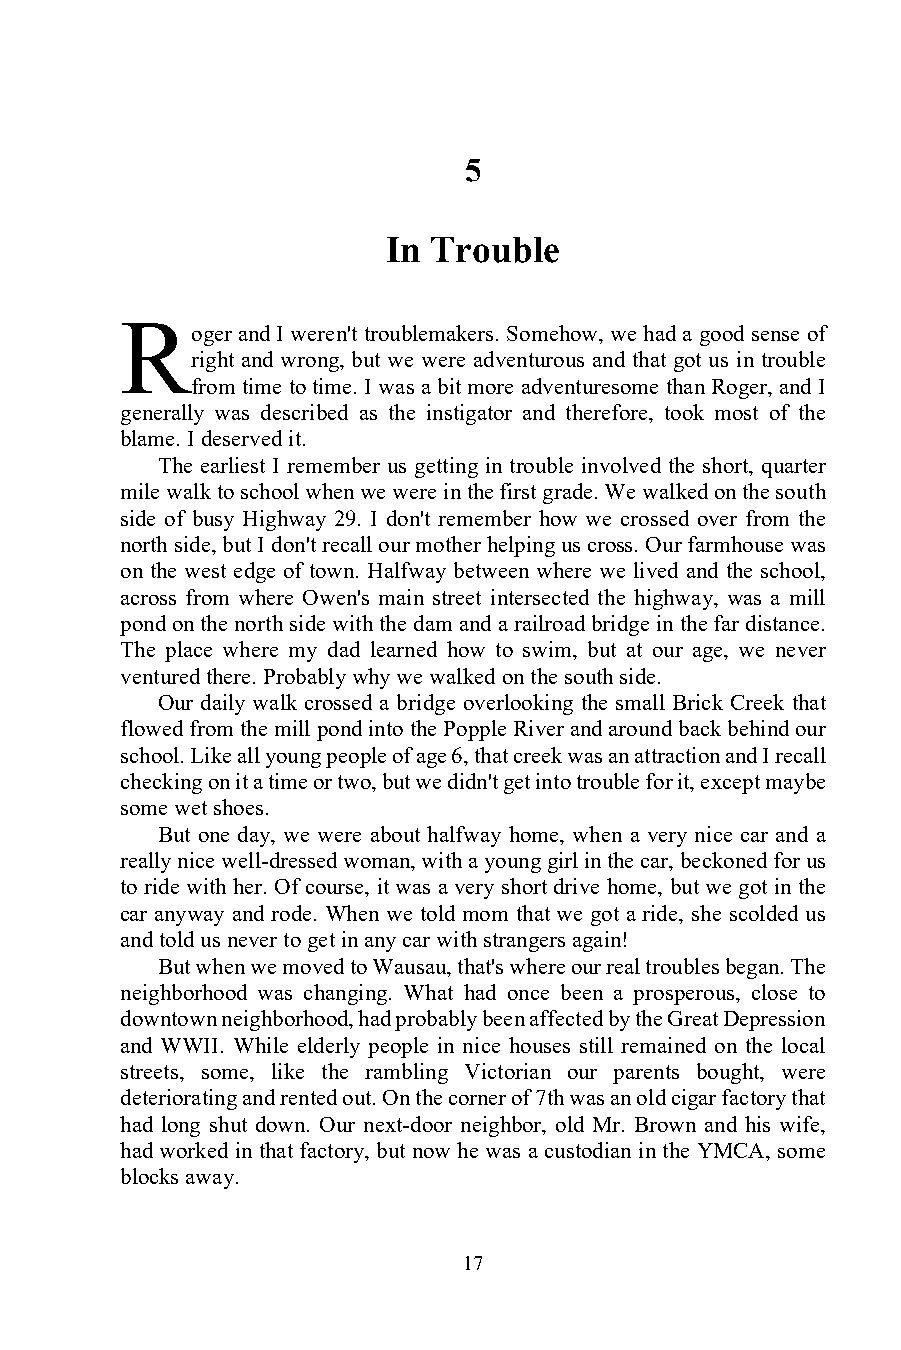
5
 In Trouble
 R
 oger and I weren't troublemakers. Somehow, we had a good sense of
 right and wrong, but we were adventurous and that got us in trouble
 from time to time. I was a bit more adventuresome than Roger, and I
 generally was described as the instigator and therefore, took most of the
 blame. I deserved it.
 The earliest I remember us getting in trouble involved the short, quarter
 mile walk to school when we were in the first grade. We walked on the south
 side of busy Highway 29. I don't remember how we crossed over from the
 north side, but I don't recall our mother helping us cross. Our farmhouse was
 on the west edge of town. Halfway between where we lived and the school,
 across from where Owen's main street intersected the highway, was a mill
 pond on the north side with the dam and a railroad bridge in the far distance.
 The place where my dad learned how to swim, but at our age, we never
 ventured there. Probably why we walked on the south side.
 Our daily walk crossed a bridge overlooking the small Brick Creek that
 flowed from the mill pond into the Popple River and around back behind our
 school. Like all young people of age 6, that creek was an attraction and I recall
 checking on it a time or two, but we didn't get into trouble for it, except maybe
 some wet shoes.
 But one day, we were about halfway home, when a very nice car and a
 really nice well-dressed woman, with a young girl in the car, beckoned for us
 to ride with her. Of course, it was a very short drive home, but we got in the
 car anyway and rode. When we told mom that we got a ride, she scolded us
 and told us never to get in any car with strangers again!
 But when we moved to Wausau, that's where our real troubles began. The
 neighborhood was changing. What had once been a prosperous, close to
 downtown neighborhood, had probably been affected by the Great Depression
 and WWII. While elderly people in nice houses still remained on the local
 streets, some, like the rambling Victorian our parents bought, were
 deteriorating and rented out. On the corner of 7th was an old cigar factory that
 had long shut down. Our next-door neighbor, old Mr. Brown and his wife,
 had worked in that factory, but now he was a custodian in the YMCA, some
 blocks away.
 17